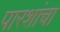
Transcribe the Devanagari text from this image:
पारशांचा